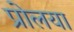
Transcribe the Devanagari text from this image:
प्रोलया